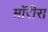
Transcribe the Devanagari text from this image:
म़ॉरीस